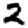
Digit: 2